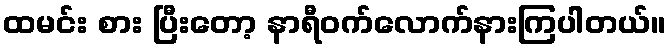
ထမင်း စား ပြီးတော့ နာရီဝက်လောက်နားကြပါတယ်။